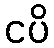
ငပိ